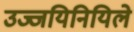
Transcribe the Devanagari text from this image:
उज्जयिनियिले